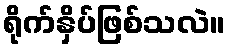
ရိုက်နှိပ်ဖြစ်သလဲ။